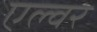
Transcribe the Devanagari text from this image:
एल्वर